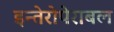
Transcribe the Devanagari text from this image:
इन्तेरोपेराबल